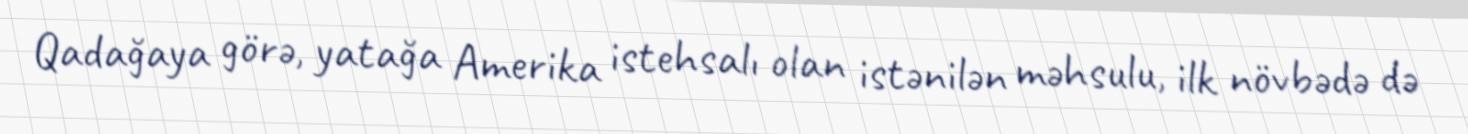
Qadağaya görə, yatağa Amerika istehsalı olan istənilən məhsulu, ilk növbədə də